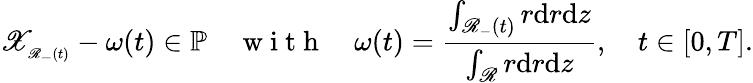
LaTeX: \mathscr{X}_{_{\mathscr{R}_{-}(t)}}-\omega(t)\in{\mathbb{P}}\quad\mathrm{~w~i~t~h~}\quad\omega(t)=\frac{\int_{\mathscr{R}_{-}(t)}r\mathrm{d}r\mathrm{d}z}{\int_{\mathscr{R}}r\mathrm{d}r\mathrm{d}z},\quad t\in[0,T].